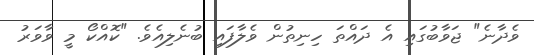
ވެދާނެ" ޖަވާބުގައި އެ ދައްތަ ހިނިތުން ވެލާފައި ބުނެލިއެވެ. "ކޮއްކޯ މީ ވާވަރު